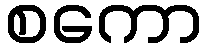
စကော